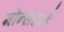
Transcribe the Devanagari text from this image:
मोन्सटर्स